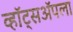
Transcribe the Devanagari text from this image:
व्हॉट्सॲपला